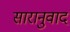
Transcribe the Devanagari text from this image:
सारानुवाद